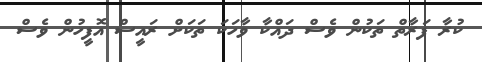
ކުރާ ފަރާތް ތަކުން ވެސް ދައްކާ ވާހަކަ ތަކަށް ރައީސް އޮފީހުން ވެސް